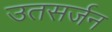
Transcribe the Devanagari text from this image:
उतसर्जन